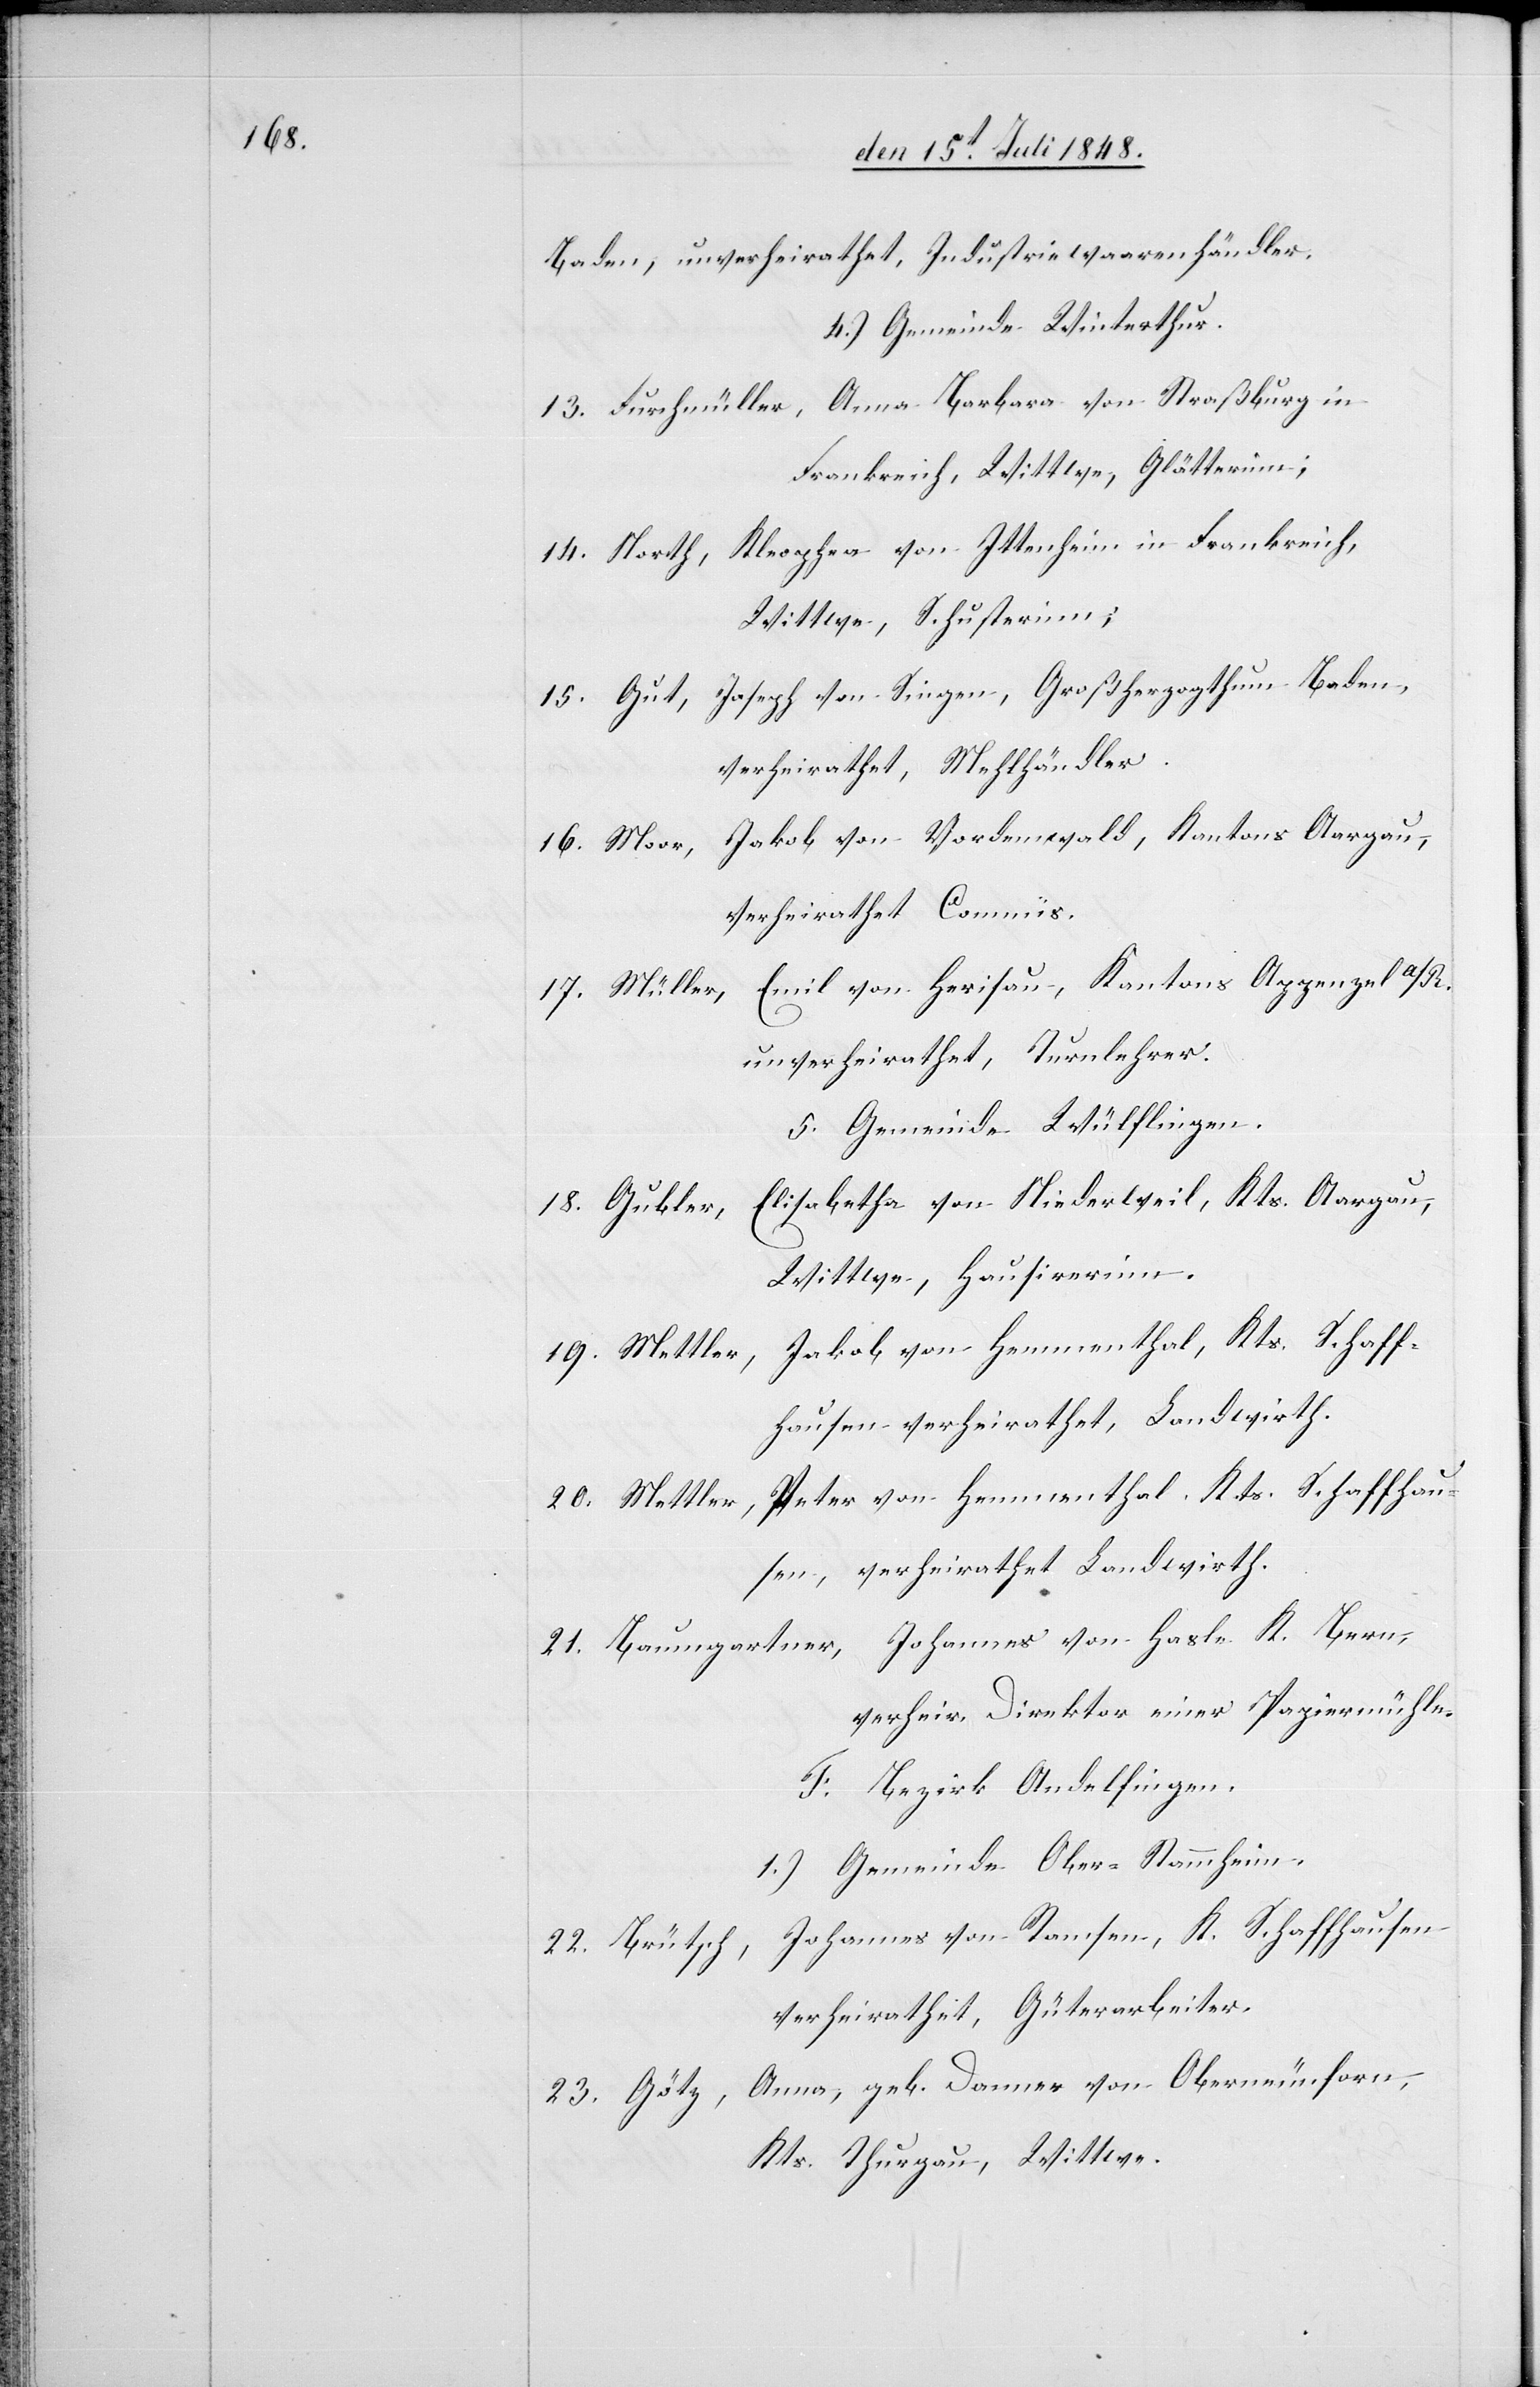
Baden, unverheirathet, Industriewarenhändler.
4.) Gemeinde Winterthur.
13. Furchmüller, Anna Barbara von Straßburg in
Frankreich, Wittwe, Glätterinn;
14. North, Kleophea von Ittenheim in Frankreich,
Wittwe Schusterinn;
15. Gut, Joseph von Singen, Großherzogthum Baden,
verheirathet, Mehlhändler.
Jakob von Vordemwald, Kantons Aargau,
16. Moor,
verheirathet Commis.
17. Müller, Emil von Herisau, Kantons Appenzel A/R.
unverheirathet, Turnlehrer.
5. Gemeinde Wülflingen.
Elisabetha von Niederweil, Kts. Aargau,
18. Gubler,
Wittwe, Hausirerinn.
19. Mettler, Jakob von Hemmenthal, Kts. Schaff¬
hausen, verheirathet, Landwirth.
20. Mettler, Peter von Hemmenthal, Kts. Schaffhau¬
sen, verheirathet Landwirth.
21. Baumgartner, Johannes von Hasle K. Bern,
verheir. Direktor einer Papiermühle.
F. Bezirk Andelfingen.
1.) Gemeinde Ober-Stammheim.
Johannes von Ramsen, K. Schaffhausen
22. Brütsch,
verheirathet, Güterarbeiter.
23. Götz, Anna, geb. Danner von Oberneunforn,
Kts. Thurgau, Wittwe.